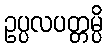
ဥပ္ပလပတ္တမ္ပိ